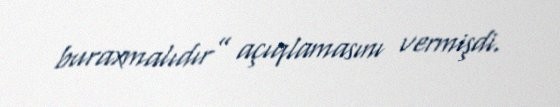
buraxmalıdır” açıqlamasını vermişdi.